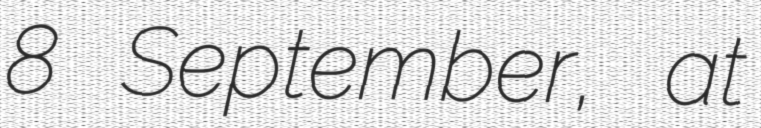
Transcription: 8 September, at